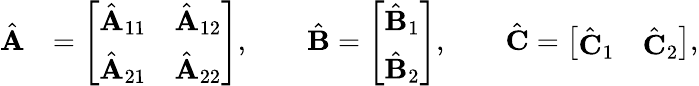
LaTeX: \begin{array}{rl}{\hat{{\textbf A}}}&{=\left[\begin{array}{ll}{\hat{{\textbf A}}_{11}}&{\hat{{\textbf A}}_{12}}\\ {\hat{{\textbf A}}_{21}}&{\hat{{\textbf A}}_{22}}\end{array}\right],\qquad\hat{{\textbf B}}=\left[\begin{array}{l}{\hat{{\textbf B}}_{1}}\\ {\hat{{\textbf B}}_{2}}\end{array}\right],\qquad\hat{{\textbf C}}=\left[\begin{array}{ll}{\hat{{\textbf C}}_{1}}&{\hat{{\textbf C}}_{2}}\end{array}\right],}\end{array}